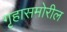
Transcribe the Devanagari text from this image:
गृहासमोरील